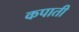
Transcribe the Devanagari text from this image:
कपाती